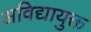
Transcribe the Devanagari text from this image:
अविद्यायुक्त